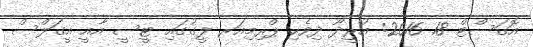
އޮގަސްޓް 18 2016: އުރީދޫ ދިވެހި ޕްރިމިއަރ ލީގުގައި ޓީސީ އާއީ އީގަލްސް